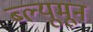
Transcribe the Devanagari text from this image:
ब्ल्यूमून